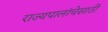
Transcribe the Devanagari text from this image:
राज्यपालांचेसाठी